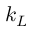
k _ { L }